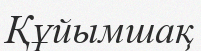
Құйымшақ